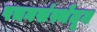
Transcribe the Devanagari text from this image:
पचनसंस्थेतून